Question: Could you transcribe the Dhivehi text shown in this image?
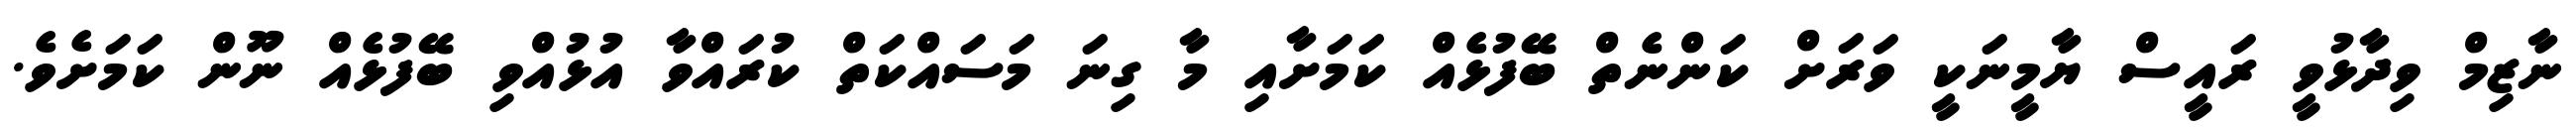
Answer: ނާޒިމް ވިދާޅުވީ ރައީސް ޔާމީނަކީ ވަރަށް ކަންނެތް ބޭފުޅެއް ކަމަށާއި މާ ގިނަ މަސައްކަތް ކުރައްވާ އުޅުއްވި ބޭފުޅެއް ނޫން ކަމަށެވެ.